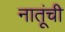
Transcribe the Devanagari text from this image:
नातूंची